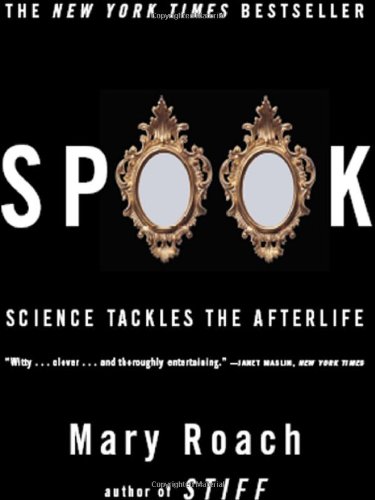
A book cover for Spook: Science Tackles the Afterlife; Mary Roach; Politics & Social Sciences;